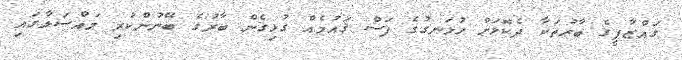
ގައްޒާފީގެ ބާރުތަކާ ދެކޮޅަށް ހުޅަނގުގެ ފަސް ޤައުމެއް ގުޅިގެން ބާރުގެ ބޭނުންކުރި މައްސަލާގައި